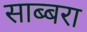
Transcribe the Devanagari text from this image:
साब्बरा